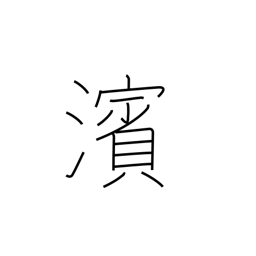
Meaning: river bank